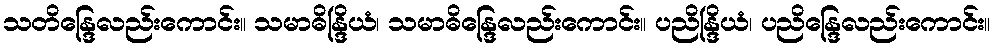
သတိန္ဒြေလည်းကောင်း။ သမာဓိန္ဒြိယံ၊ သမာဓိန္ဒြေလည်းကောင်း။ ပညိန္ဒြိယံ၊ ပညိန္ဒြေလည်းကောင်း။